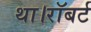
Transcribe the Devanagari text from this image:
था।रॉबर्ट